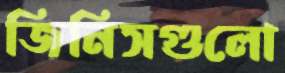
জিনিসগুলো